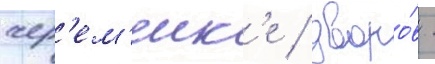
чер'ем'енк'е / дворо́в -